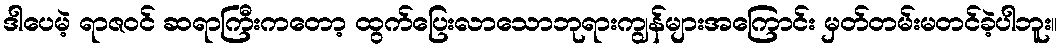
ဒါပေမဲ့ ရာဇဝင် ဆရာကြီးကတော့ ထွက်ပြေးလာသောဘုရားကျွန်များအကြောင်း မှတ်တမ်းမတင်ခဲ့ပါဘူး။